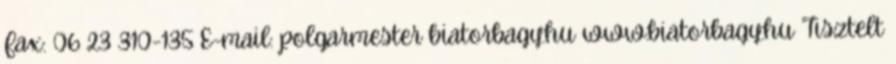
Fax: 06 23 310-135 E-mail: polgarmester biatorbagy.hu www.biatorbagy.hu Tisztelt